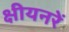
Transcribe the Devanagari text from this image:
क्षीयनरें